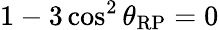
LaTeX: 1-3\cos^{2}{\theta_{\mathrm{RP}}}=0